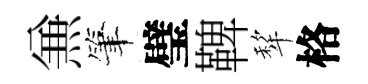
𠔥筆璧鞞犂格